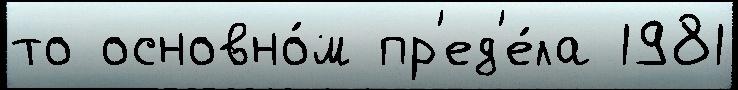
то основно́м пр'ед'е́ла 1981